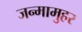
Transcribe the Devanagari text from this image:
जन्मामुहर